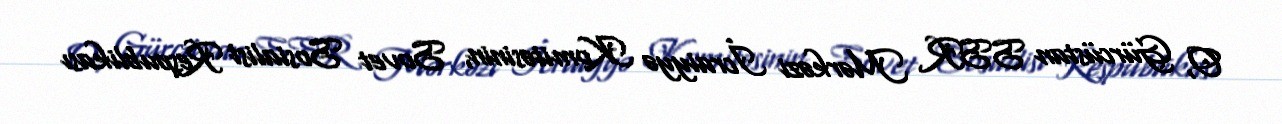
O, Gürcüstan SSR Mərkəzi İcraiyyə Komitəsinin, Sovet Sosialist Respublikası